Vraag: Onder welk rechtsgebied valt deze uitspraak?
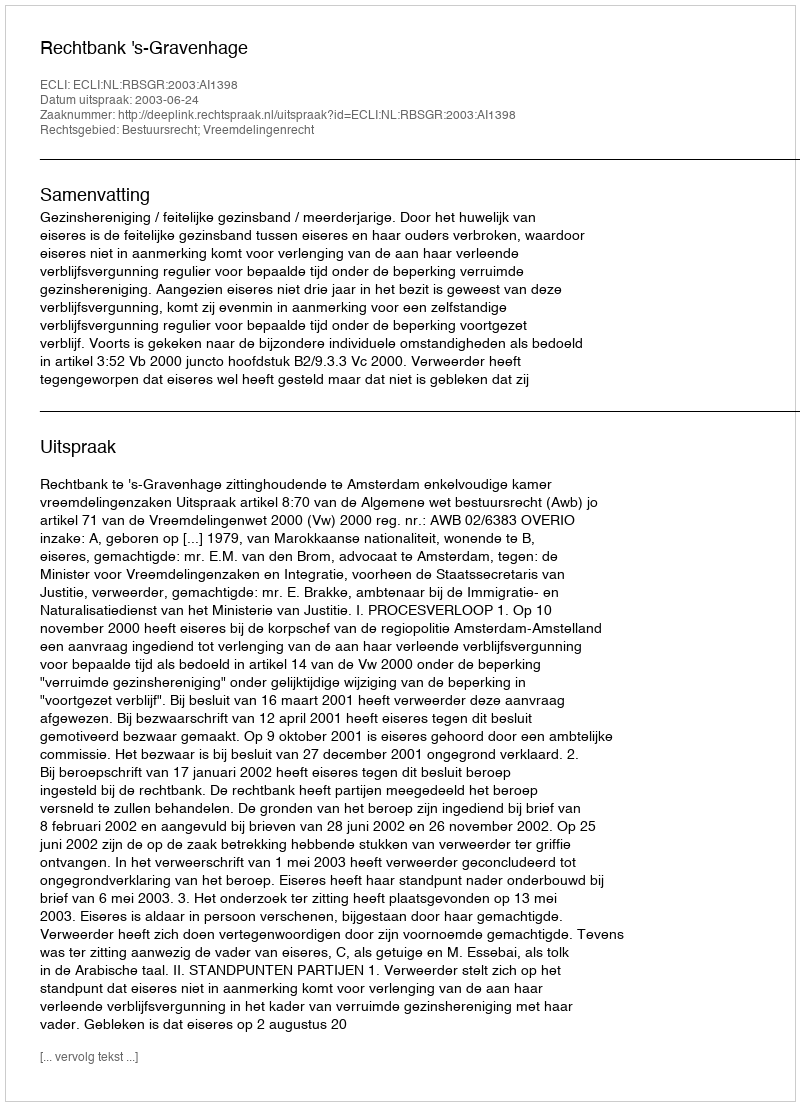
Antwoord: Bestuursrecht; Vreemdelingenrecht